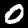
Digit: 0